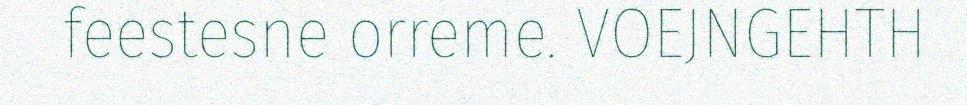
feestesne orreme. VOEJNGEHTH